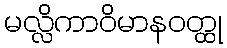
မလ္လိကာဝိမာနဝတ္ထု